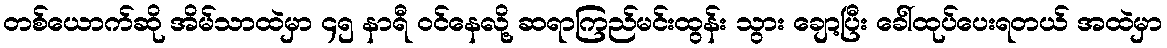
တစ်ယောက်ဆို အိမ်သာထဲမှာ ၄၅ နာရီ ဝင်နေလို့ ဆရာကြည်မင်းထွန်း သွား ချော့ပြီး ခေါ်ထုပ်ပေးရတယ် အထဲမှာ